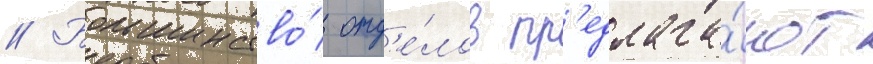
// Большинство́ отд'е́лов пр'едлага́ют